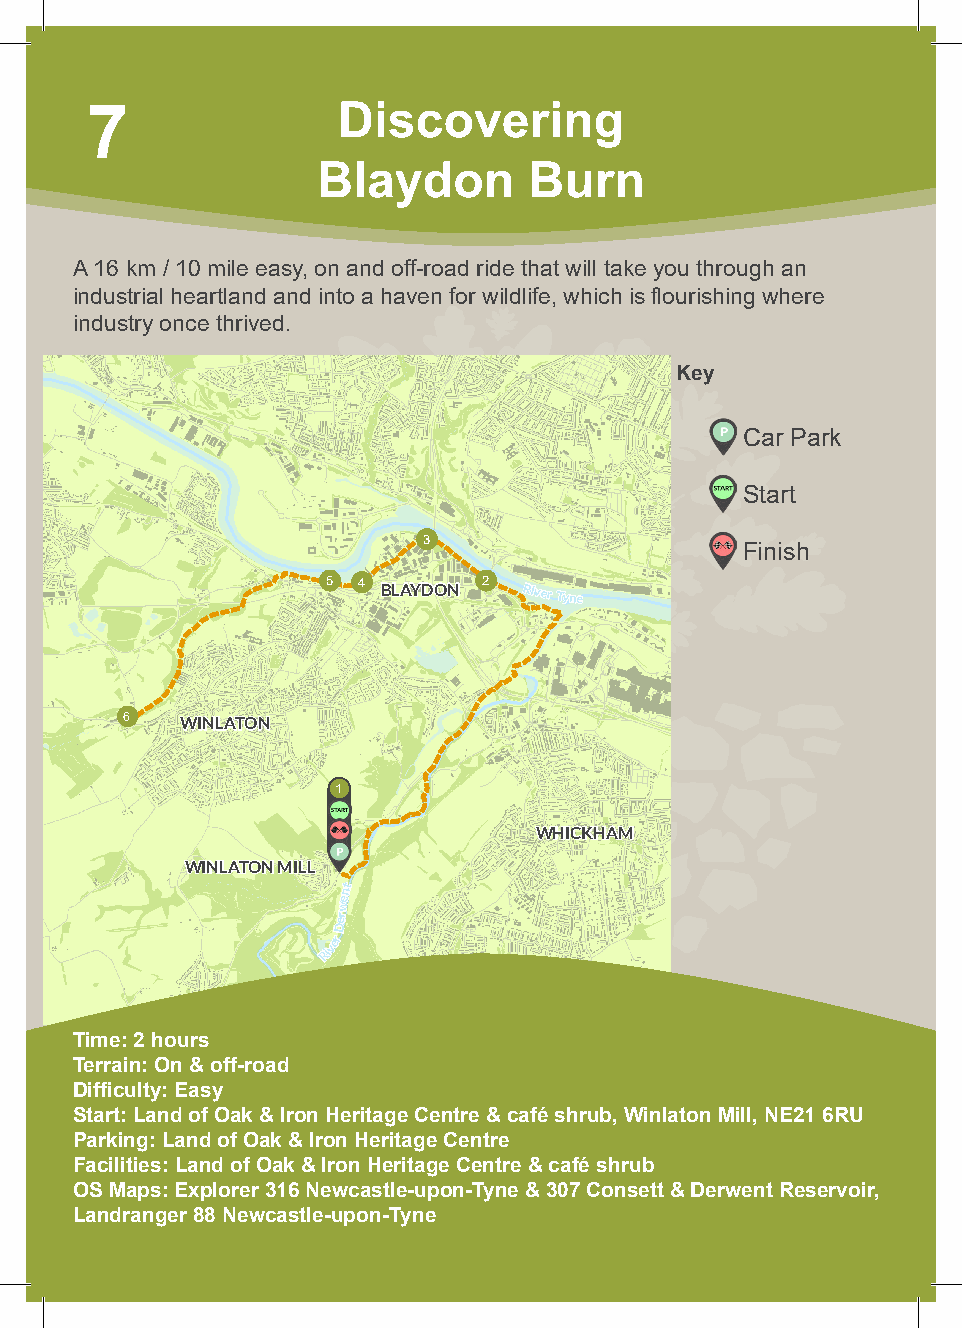
7               Discovering
 Blaydon       Burn
 A 16 km / 10 mile easy, on and off-road ride that will take you through an
 industrial heartland and into a haven for wildlife, which is flourishing where
 industry once thrived.
 Key
 Car Park
 Start
 3
 Finish
 5 4 BLAYDON 2 River
 Tyne
 6   WINLATON
 1
 WHICKHAM
 WINLATON MILL
 nt
 e
 w
 er
 D
 River
 Time: 2 hours
 Terrain: On & off-road
 Difficulty: Easy
 Start: Land of Oak & Iron Heritage Centre & café shrub, Winlaton Mill, NE21 6RU
 Parking: Land of Oak & Iron Heritage Centre
 Facilities: Land of Oak & Iron Heritage Centre & café shrub
 OS Maps: Explorer 316 Newcastle-upon-Tyne & 307 Consett & Derwent Reservoir,
 Landranger 88 Newcastle-upon-Tyne